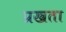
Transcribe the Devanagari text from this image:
प्रखता